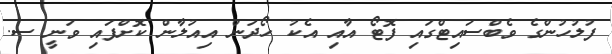
ފުލުހުންގެ ވެބްސައިޓްގައި ފޮޓޯ އާއި އެކު ހޯދަން އިއުލާން ކޮށްފައި ވަނީ ސ.